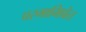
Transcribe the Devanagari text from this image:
परमाभिप्रेत